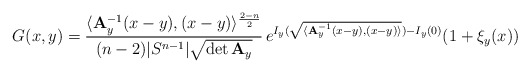
\begin{align*} G(x,y)=\frac{\langle {\bf A}_y^{-1}(x-y),(x-y)\rangle^{\frac{2-n}{2}}}{(n-2)|S^{n-1}|\sqrt{\det {\bf A}_y}}\,e^{I_y(\sqrt{\langle{\bf A}_y^{-1}(x-y),(x-y)\rangle})-I_y(0)}(1+\xi_y(x)) \end{align*}